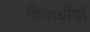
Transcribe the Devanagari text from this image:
विधार्थीयों